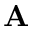
\mathbf { A }